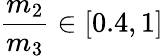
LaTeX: \frac{m_{2}}{m_{3}}\in[0.4,1]